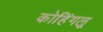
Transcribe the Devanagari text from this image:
कोहिंगलू